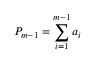
P _ { m - 1 } = \sum _ { i = 1 } ^ { m - 1 } a _ { i }